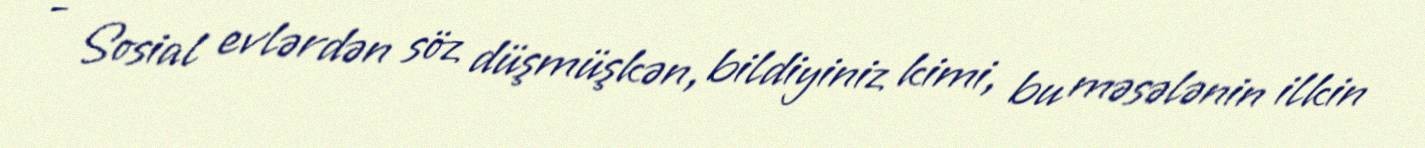
- Sosial evlərdən söz düşmüşkən, bildiyiniz kimi, bu məsələnin ilkin